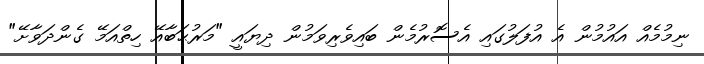
ނިމުމެއް އައުމުން އެ އުފަލުގައި އެސޮރުމެން ބައިވެރިވަމުން ދިޔައީ "މަރުޙަބާއޭ ހިތްއަމޭ ގެންދަވާށޭ"